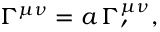
\Gamma ^ { \mu \nu } = a \, \Gamma _ { \prime } ^ { \mu \nu } ,